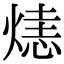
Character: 𤌷